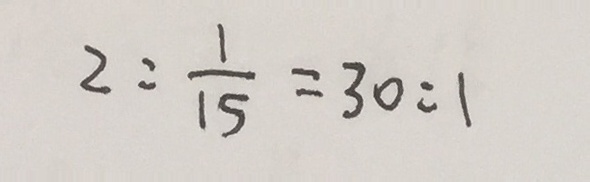
2 : \frac { 1 } { 1 5 } = 3 0 : 1